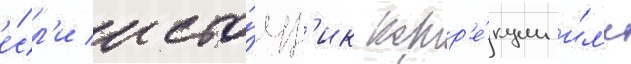
е́сл'и исто́чн'ик корр'е́кции и́л'и